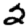
Digit: 2